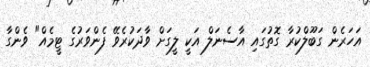
އަހަރެން ގަބޫލްކުރާ ގޮތުގައި އާސެނަލް އަކީ ލީގަށް ވާދަކުރެވޭ ފެންވަރުގެ ޓީމެއް" ވެންގާ